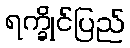
ရက္ခိုင်ပြည်